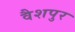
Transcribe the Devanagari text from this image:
वैशपुर